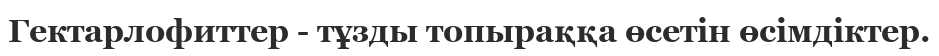
Гектарлофиттер - тұзды топыраққа өсетін өсімдіктер.